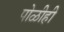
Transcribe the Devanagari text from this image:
पोळीही